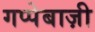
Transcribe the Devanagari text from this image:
गप्पेबाज़ी